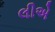
લીએ